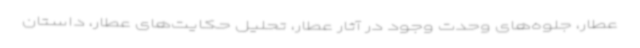
عطار، جلوه‌های وحدت وجود در آثار عطار، تحلیل حکایت‌های عطار، داستان